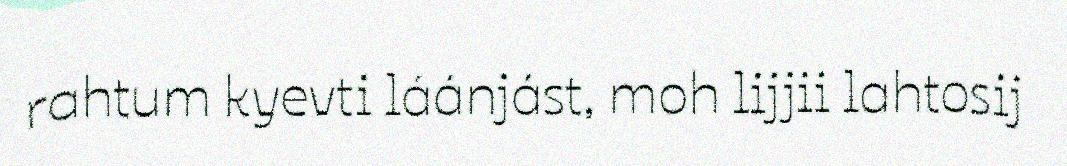
rahtum kyevti láánjást, moh lijjii lahtosij